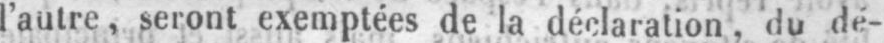
l’autre, seront exemptées de la déclaration, du de-